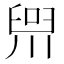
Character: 𪡢